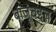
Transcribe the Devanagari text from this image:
बाजूंबद्दल